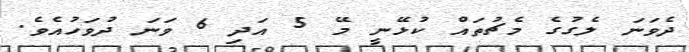
ދެވަނަ ލެގުގެ މެޗުތައް ކުޅޭނީ މޭ 5 އަދި 6 ވަނަ ދުވަހުއެވެ.